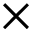
\times